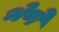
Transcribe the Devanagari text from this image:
भेणे